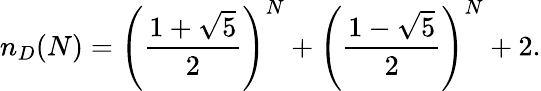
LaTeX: n_{D}(N)=\left(\frac{1+\sqrt 5}{2}\right)^{N}+\left(\frac{1-\sqrt 5}{2}\right)^{N}+2.